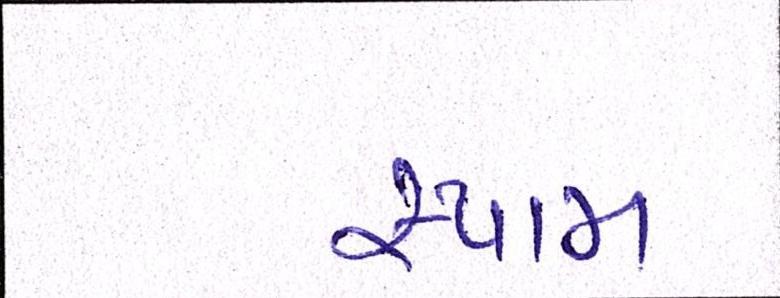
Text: સ્પામ